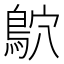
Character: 鴥